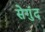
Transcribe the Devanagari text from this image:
सेगुंद